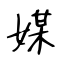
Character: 媒